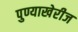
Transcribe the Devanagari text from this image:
पुण्याखेरीज